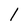
Character: 1